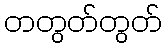
တတွတ်တွတ်